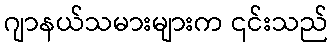
ဂျာနယ်သမားများက ၎င်းသည်